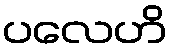
ပလေဟိ